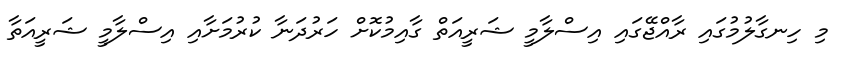
މި ހިނގާލުމުގައި ރާއްޖޭގައި އިސްލާމީ ޝަރީއަތް ގާއިމުކޮށް ހަރުދަނާ ކުރުމަށާއި އިސްލާމީ ޝަރީއަތާ